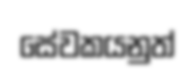
සේවකයනුත්